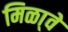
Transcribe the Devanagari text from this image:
मिळा्वे